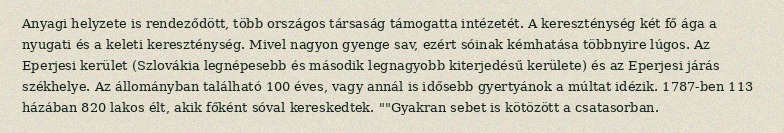
Anyagi helyzete is rendeződött, több országos társaság támogatta intézetét. A kereszténység két fő ága a nyugati és a keleti kereszténység. Mivel nagyon gyenge sav, ezért sóinak kémhatása többnyire lúgos. Az Eperjesi kerület (Szlovákia legnépesebb és második legnagyobb kiterjedésű kerülete) és az Eperjesi járás székhelye. Az állományban található 100 éves, vagy annál is idősebb gyertyánok a múltat idézik. 1787-ben 113 házában 820 lakos élt, akik főként sóval kereskedtek. ""Gyakran sebet is kötözött a csatasorban.